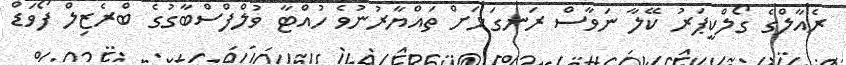
ރެއާލްގެ ގޯލްކީޕަރު ކޭލާ ނަވާސް ރަނގަޅަށް ތައްޔާރުނުވެ ހުއްޓާ ވުލްފްސްބާގުގެ ބްރެޒިލް ފޯވަޑް